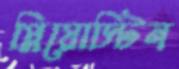
প্লিয়োস্টিন